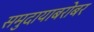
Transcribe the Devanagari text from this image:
समुदायाबरोबर